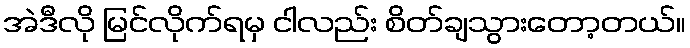
အဲဒီလို မြင်လိုက်ရမှ ငါလည်း စိတ်ချသွားတော့တယ်။